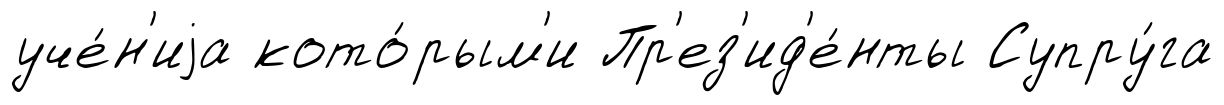
уче́н'иjа кото́рым'и Пр'ез'ид'е́нты Супру́га